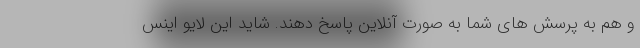
و هم به پرسش های شما به صورت آنلاین پاسخ دهند. شاید این لایو اینس